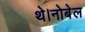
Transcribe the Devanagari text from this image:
थे।नोबेल